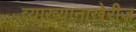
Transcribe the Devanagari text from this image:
व्याख्यानाखेरीज